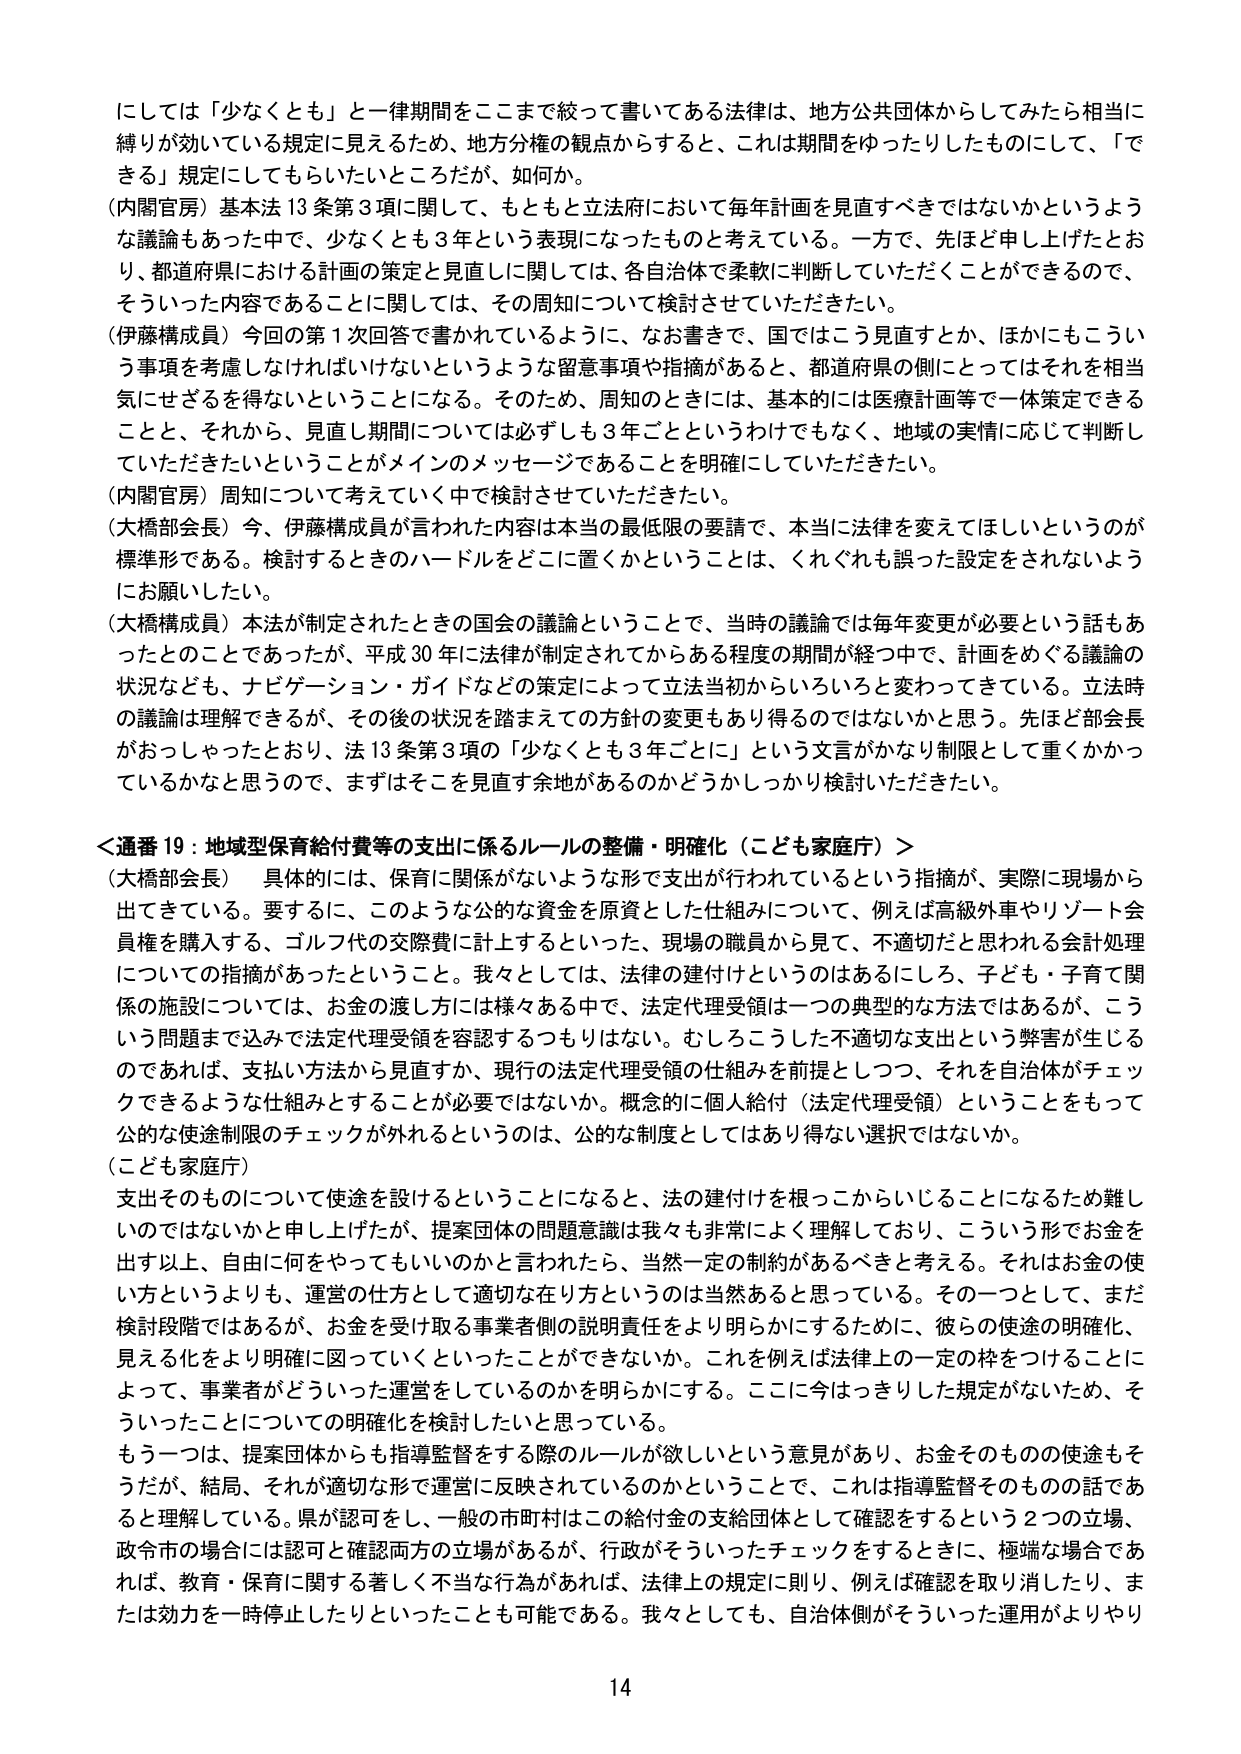
にしては「少なくとも」と一律期間をここまで絞って書いてある法律は、地方公共団体からしてみたら相当に縛りが効いている規定に見えるため、地方分権の観点からすると、これは期間をゆったりしたものにして、「できる」規定にしてもらいたいところだが、如何か。

（内閣官房）基本法13条第3項に関して、もともと立法府において毎年計画を見直すべきではないかというような議論もあった中で、少なくとも3年という表現になったものと考えている。一方で、先ほど申し上げたとおり、都道府県における計画の策定と見直しに関しては、各自治体で柔軟に判断していただくことができるのでき、そういった内容であることに関しては、その周知について検討させていただきたい。

（伊藤構成員）今回の第1次回答で書かれているように、なお書きで、国ではこう見直すとか、ほかにもこういう事項を考慮しなければいけないというような留意事項や指摘があると、都道府県の側にとってはそれを相当気にせざるを得ないということになる。そのため、周知のときには、基本的には医療計画等で一体策定できることと、それから、見直し期間については必ずしも3年ごとというわけでもなく、地域の実情に応じて判断していただきたいということがメインのメッセージであることを明確にしていただきたい。

（内閣官房）周知について考えていく中で検討させていただきたい。

（大橋部会長）今、伊藤構成員が言われた内容は本当の最低限の要請で、本当に法律を変えてほしいというのが標準形である。検討するときのハードルをどこに置くかということは、くれぐれも誤った設定をされないようにお願いしたい。

（大橋構成員）本法が制定されたときの国会の議論ということで、当時の議論では毎年変更が必要という話もあったとのことであったが、平成30年に法律が制定されてからある程度の期間が経つ中で、計画をめぐる議論の状況なども、ナビゲーション・ガイドなどの策定によって立法当初からいろいろと変わってきた。立法時の議論は理解できるが、その後の状況を踏まえての方針の変更もあり得るのではないかと思う。先ほど部会長がおっしゃったとおり、法13条第3項の「少なくとも3年ごとに」という文言がかなり制限として重くかかっているかなと思うので、まずはそこを見直す余地があるのかどうかしっかり検討いただきたい。

＜通番19：地域型保育給付費等の支出に係るルールの整備・明確化（こども家庭庁）＞

（大橋部会長）具体的には、保育に関係がないような形で支出が行われているという指摘が、実際に現場から出てきている。要するに、このような公的な資金を原資とした仕組みについて、例えば高級外車やリゾート会員権を購入する、ゴルフ代の交際費に計上するといった、現場の職員から見て、不適切だと思われる会計処理についての指摘があったということ。我々としては、法律の建付けというのはあるにしろ、子ども・子育て関係の施設については、お金の渡し方には様々ある中で、法定代理受領は一つの典型的な方法ではあるが、こういう問題まで込みで法定代理受領を容認するつもりはない。むしろこうした不適切な支出という弊害が生じるのであれば、支払い方法から見直すか、現行の法定代理受領の仕組みを前提としつつ、それを自治体がチェックできるような仕組みとすることが必要ではないか。概念的に個人給付（法定代理受領）ということをもって公的な使途制限のチェックが外れるというのは、公的な制度としてはあり得ない選択ではないか。

（こども家庭庁）

支出そのものについて使途を設けるということになると、法の建付けを根っこからいじることになるため難しいのではないかと申し上げたが、提案団体の問題意識は我々も非常によく理解しており、こういう形でお金を出す以上、自由に何をやってもいいのかと言われたら、当然一定の制約があるべきと考える。それはお金の使い方というよりも、運営の仕方として適切な在り方というのは当然あると思っている。その一つとして、まだ検討段階ではあるが、お金を受けて取る事業者側の説明責任をより明らかにするために、彼らの使途の明確化、見える化をより明確に図っていくといったことができないか。これを例えば法律上の一定の枠をつけることによって、事業者がどういった運営をしているのかを明らかにする。ここに今はっきりした規定がないため、そういったことについての明確化を検討したいと思っている。

もう一つは、提案団体からも指導監督をする際のルールが欲しいという意見があり、お金そのものの使途もそうだが、結局、それが適切な形で運営に反映されているのかということで、これは指導監督そのものの話であると理解している。県が認可をし、一般の市町村はこの給付金の支給団体として確認をするという2つの立場、政令市の場合には認可と確認両方の立場があるが、行政がそういったチェックをするときに、極端な場合であれば、教育・保育に関する著しく不当な行為があれば、法律上の規定に則り、例えば確認を取り消したり、または効力を一時停止したりといったことも可能である。我々としても、自治体側がそういった運用がよりやり

14